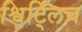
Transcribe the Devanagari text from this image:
श्विर्ट्लिच